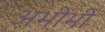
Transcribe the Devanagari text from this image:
अभीभी